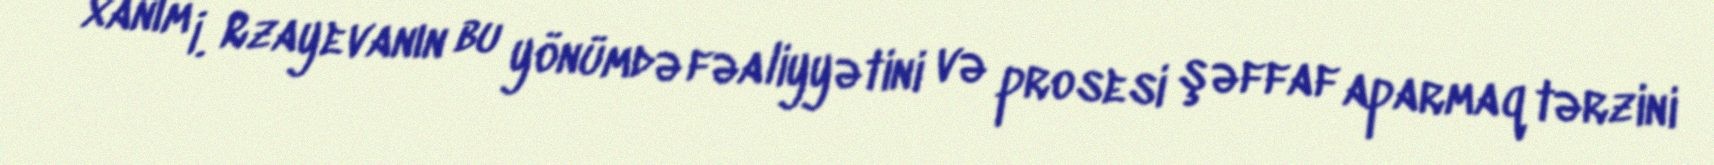
xanım İ. Rzayevanın bu yönümdə fəaliyyətini və prosesi şəffaf aparmaq tərzini